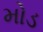
મોડ